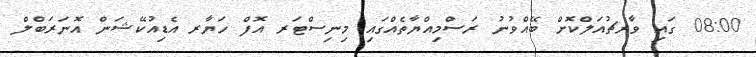
08:00 ގައި ވާރޗުއަލްކޮށް ބޭއްވުނު ރަސްމިއްޔާތެއްގައި މިނިސްޓަރ އޮފް ހަޔާރ އެޑިއުކޭޝަން އޮނަރަބްލް